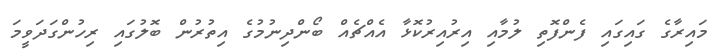
މައިރާގެ ގައިގައި ފެންފޮތި ލުމާއި އިރުއިރުކޮޅާ އެއްޗެއް ބޯންދިނުމުގެ އިތުރުން ބޮލުގައި ރިހުންގަދަވީމަ